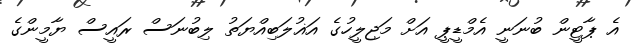
އެ ޕާޓީން ބުނަނީ އެމްޑީޕީ އަށް މަޖިލީހުގެ އަޣުލަބިއްޔަތު ލިބުނަސް ރައީސް ޔާމީންގެ